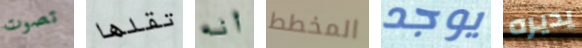
تصوت تقلها أنه المخطط يوجد يديره